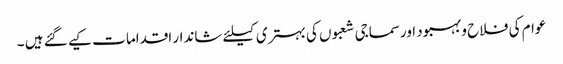
عوام کی فلاح وبہبود اورسماجی شعبوں کی بہتری کیلئے شاندار اقداما ت کیے گئے ہیں ۔